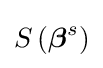
S\left({\boldsymbol {\beta }}^{s}\right)